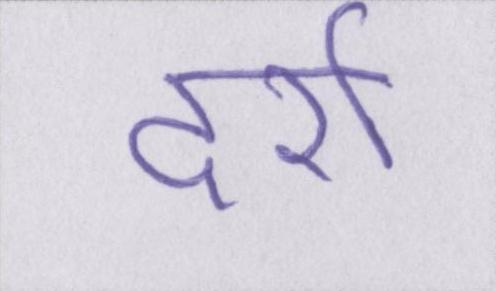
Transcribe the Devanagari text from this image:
दर्रा